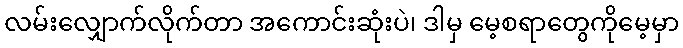
လမ်းလျှောက်လိုက်တာ အကောင်းဆုံးပဲ၊ ဒါမှ မေ့စရာတွေကိုမေ့မှာ